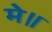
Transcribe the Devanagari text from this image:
मे॥